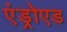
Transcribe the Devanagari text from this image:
एंड्रोएड